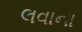
લવાના